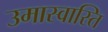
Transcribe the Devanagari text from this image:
उमास्वास्ति